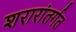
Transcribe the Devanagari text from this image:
शरारांतर्गत